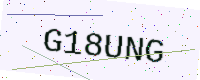
Text: G18UNG